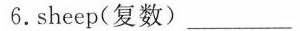
6.sheep(复数)___